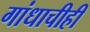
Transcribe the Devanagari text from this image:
गांधाचीही